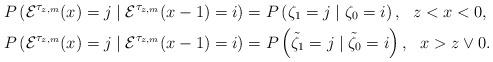
LaTeX: \begin{align*}P\left( \mathcal{E}^{\tau_{z,m}}(x) = j \mid \mathcal{E}^{\tau_{z,m}}(x-1)=i \right) &= P\left( \zeta_1 = j \mid \zeta_0 = i \right),\ \ z<x<0, \ \ \\P\left( \mathcal{E}^{\tau_{z,m}}(x) = j \mid \mathcal{E}^{\tau_{z,m}}(x-1)=i \right) &= P\left( \tilde\zeta_1 = j \mid \tilde\zeta_0 = i \right), \ \ x > z\vee 0. \end{align*}